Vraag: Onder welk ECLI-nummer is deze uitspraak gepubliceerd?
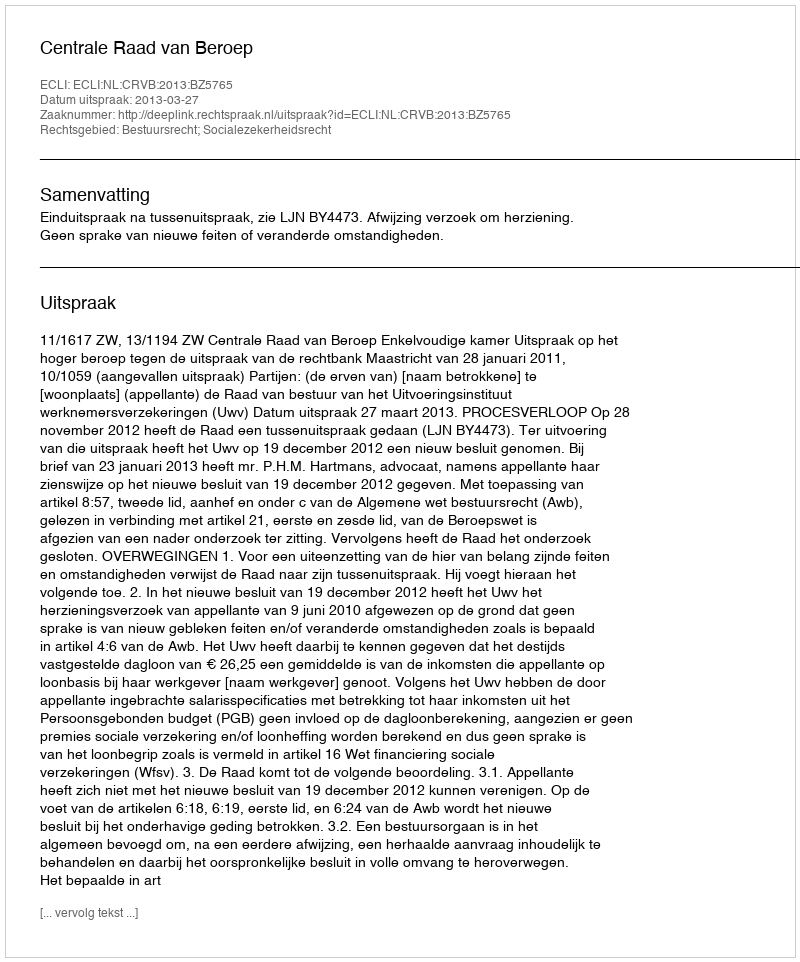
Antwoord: ECLI:NL:CRVB:2013:BZ5765